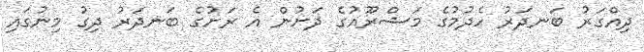
ދިއްގަރު ބަނދަރު ހެދުމުގެ މަޝްރޫއުގެ ދަށުން އެ ރަށުގެ ބަނދަރު ދިގު މިނުގައި